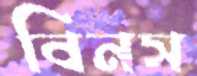
বিনস